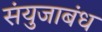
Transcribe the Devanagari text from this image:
संयुजाबंध